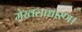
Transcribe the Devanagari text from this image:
मेखलाधारण।